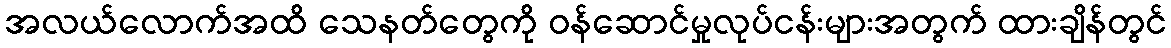
အလယ်လောက်အထိ သေနတ်တွေကို ဝန်ဆောင်မှုလုပ်ငန်းများအတွက် ထားချိန်တွင်